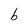
Character: b